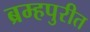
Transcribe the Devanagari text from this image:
ब्रम्हपुरीत